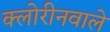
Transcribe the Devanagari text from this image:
क्लोरीनवाले